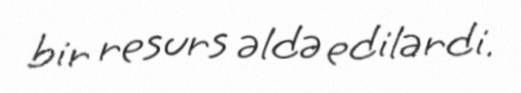
bir resurs əldə edilərdi.